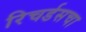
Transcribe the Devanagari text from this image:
रिचर्डसचा